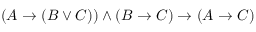
( A \to ( B \lor C ) ) \land ( B \to C ) \to ( A \to C )